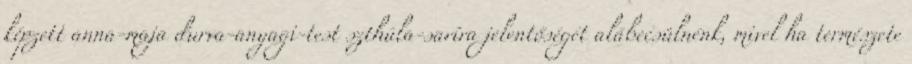
képzett anna-maja durva-anyagi-test szthúla-saríra jelentőségét alábecsülnénk, mivel ha természete